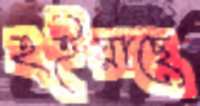
হইয়াছে